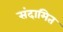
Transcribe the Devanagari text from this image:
संदामित